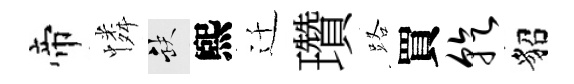
帝憐缺煕迁瓚路買乾貂